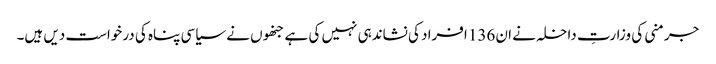
جرمنی کی وزارتِ داخلہ نے ان 136 افراد کی نشاندہی نہیں کی ہے جنھوں نے سیاسی پناہ کی درخواست دیں ہیں۔